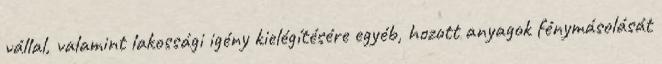
vállal, valamint lakossági igény kielégítésére egyéb, hozott anyagok fénymásolását